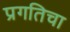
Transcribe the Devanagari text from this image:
प्रगतिचा